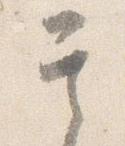
其